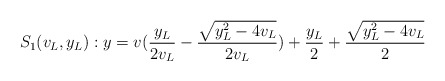
\begin{align*}S_1(v_L,y_L): y&=v(\frac{y_L}{2v_L}-\frac{\sqrt{y_L^2-4v_L}}{2v_L})+\frac{y_L}{2}+\frac{\sqrt{y_L^2-4v_L}}{2} \end{align*}